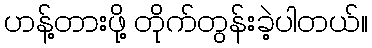
ဟန့်တားဖို့ တိုက်တွန်းခဲ့ပါတယ်။